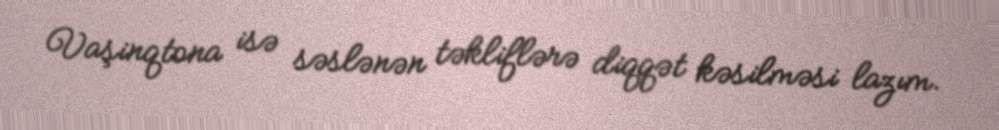
Vaşinqtona isə səslənən təkliflərə diqqət kəsilməsi lazım.